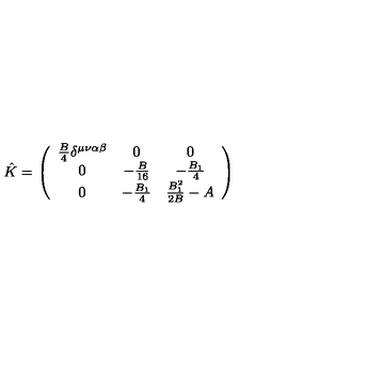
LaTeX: \hat { K } = \left( \begin{array} { c c c } { \frac { B } { 4 } \delta ^ { \mu \nu \alpha \beta } } & { 0 } & { 0 } \\ { 0 } & { - \frac { B } { 1 6 } } & { - \frac { B _ { 1 } } { 4 } } \\ { 0 } & { - \frac { B _ { 1 } } { 4 } } & { \frac { B _ { 1 } ^ { 2 } } { 2 B } - A } \\ \end{array} \right)